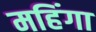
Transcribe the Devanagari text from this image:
महिंगा